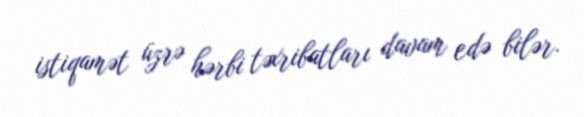
istiqamət üzrə hərbi təxribatları davam edə bilər.